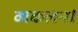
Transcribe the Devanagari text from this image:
व्यकलन।